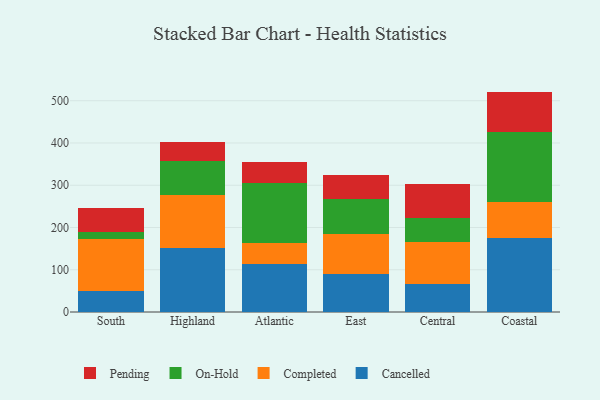
{"axis": {"x": "Region", "y": "Revenue (USD Million)"}, "legend": ["Cancelled", "Completed", "On-Hold", "Pending"], "data": [{"x": "South", "y": 50.4, "type": "Cancelled"}, {"x": "South", "y": 123.1, "type": "Completed"}, {"x": "South", "y": 15.3, "type": "On-Hold"}, {"x": "South", "y": 56.9, "type": "Pending"}, {"x": "Highland", "y": 151.9, "type": "Cancelled"}, {"x": "Highland", "y": 125.8, "type": "Completed"}, {"x": "Highland", "y": 80.7, "type": "On-Hold"}, {"x": "Highland", "y": 43.1, "type": "Pending"}, {"x": "Atlantic", "y": 113.9, "type": "Cancelled"}, {"x": "Atlantic", "y": 48.3, "type": "Completed"}, {"x": "Atlantic", "y": 143.5, "type": "On-Hold"}, {"x": "Atlantic", "y": 49.9, "type": "Pending"}, {"x": "East", "y": 90.4, "type": "Cancelled"}, {"x": "East", "y": 94.7, "type": "Completed"}, {"x": "East", "y": 82.3, "type": "On-Hold"}, {"x": "East", "y": 56.5, "type": "Pending"}, {"x": "Central", "y": 66.9, "type": "Cancelled"}, {"x": "Central", "y": 97.8, "type": "Completed"}, {"x": "Central", "y": 58.3, "type": "On-Hold"}, {"x": "Central", "y": 79.8, "type": "Pending"}, {"x": "Coastal", "y": 174.2, "type": "Cancelled"}, {"x": "Coastal", "y": 86.3, "type": "Completed"}, {"x": "Coastal", "y": 165.3, "type": "On-Hold"}, {"x": "Coastal", "y": 95.8, "type": "Pending"}]}